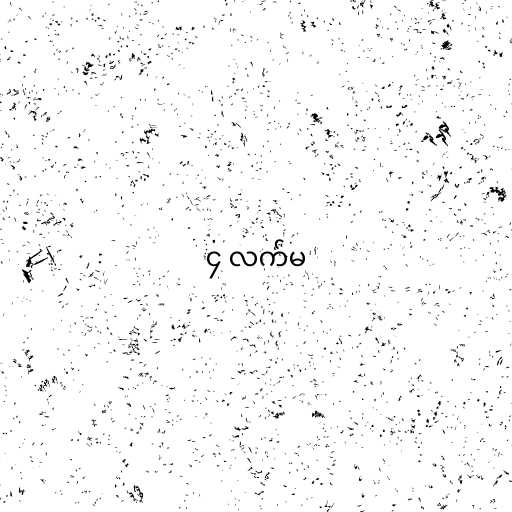
၄ လက်မ